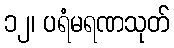
၁၂၊ ပရံမရဏသုတ်